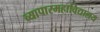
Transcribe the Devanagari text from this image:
व्यापारमहाविद्यालय